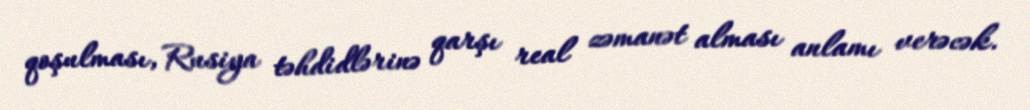
qoşulması, Rusiya təhdidlərinə qarşı real zəmanət alması anlamı verəcək.